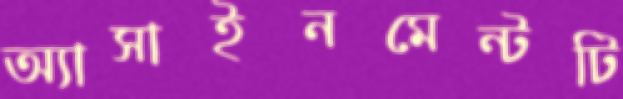
অ্যাসাইনমেন্টটি